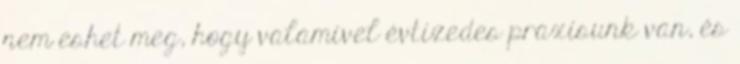
nem eshet meg, hogy valamivel évtizedes praxisunk van, és